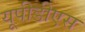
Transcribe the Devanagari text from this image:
यूपीडीएस